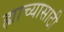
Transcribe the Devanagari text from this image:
ह्याच्यासाठी